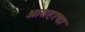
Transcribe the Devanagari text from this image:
आग्रहाचा